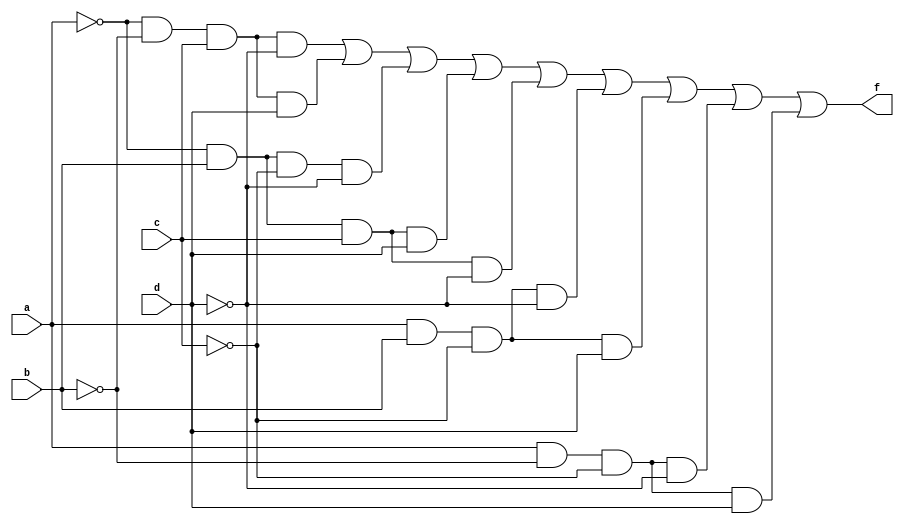
  `timescale 1ns/1ns
module Q1(input a,b,c,d , output f);
assign f = (~a&~b&c&~d) |  (~a&~b&c&d) |  (~a&b&~c&~d) | 
       (~a&b&c&d) |  (~a&b&c&~d) |  (a&b&~c&~d) | 
       (a&b&~c&d) |  (a&~b&~c&~d) |  (a&~b&~c&d);
endmodule